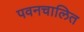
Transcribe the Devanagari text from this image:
पवनचालित